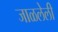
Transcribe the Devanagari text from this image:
जाळलेली